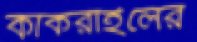
কাকরাইলের